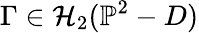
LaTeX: \Gamma\in\mathcal{H}_{2}(\mathbb{{P}}^{2}-D)